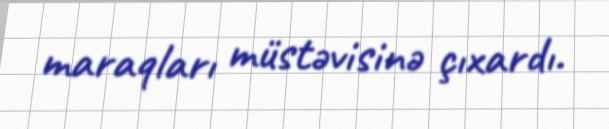
maraqları müstəvisinə çıxardı.